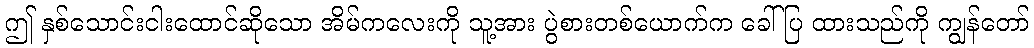
ဤ နှစ်သောင်းငါးထောင်ဆိုသော အိမ်ကလေးကို သူ့အား ပွဲစားတစ်ယောက်က ခေါ်ပြ ထားသည်ကို ကျွန်တော်